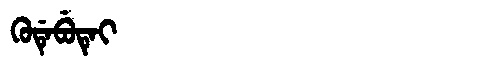
Manchu: ᡴᡠᡩᡝᠪᡠᡨᡝᡳ
Romanization: KUDEBUTEI